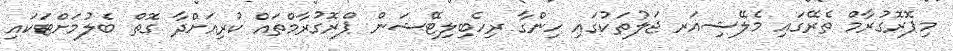
މިޕޮރޮގުރާމް ތެރޭގައި މެލޭޝިއަރ ޖަލުތަކުގައި ހިންގާ ރިހެބިލިޓޭޝަން ޕްރޮގުރާމްތައް ކުރިއަށްދާ ގޮތް ބެލުމަށްޓަކައި